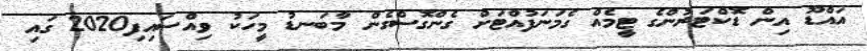
އައްޑޫ އިން ޑޮކްޓަރުންގެ ޓީމެއް ގެމަނަފުއްޓަށް ގެންގޮސްގެން މާބަނޑު މީހަކު ވިއްސައިފި2020 ގައި